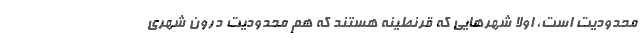
محدودیت است، اولاً شهرهایی که قرنطینه هستند که هم محدودیت درون شهری